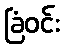
ခြံဝင်း